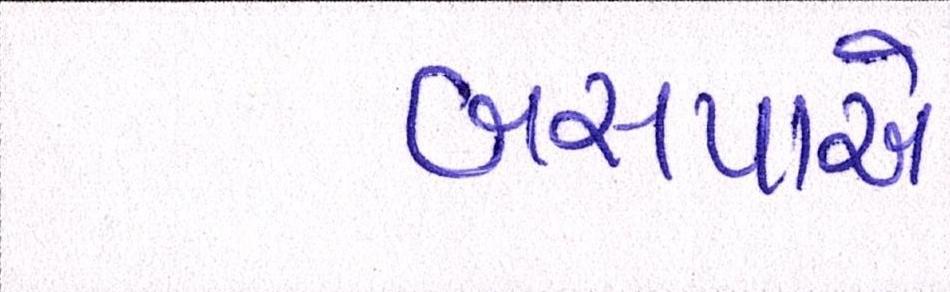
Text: બસપાએ